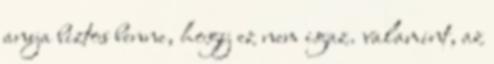
anya biztos benne, hogy ez nem igaz. valamint, az